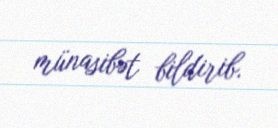
münasibət bildirib.